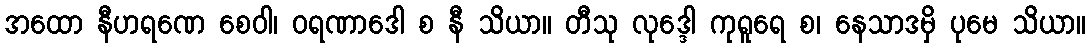
အထော နီဟရဏေ စေဝါ၊ ဝရဏာဒေါ စ နီ သိယာ။ တီသု လုဒ္ဒေါ ကုရူရေ စ၊ နေသာဒမှိ ပုမေ သိယာ။